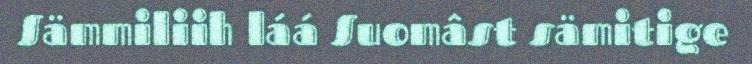
Sämmiliih láá Suomâst sämitige